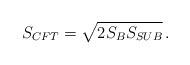
\begin{align*} S_{CFT}=\sqrt{2 S_B S_{SUB}}\, .\end{align*}